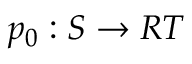
p _ { 0 } : S \rightarrow R T